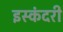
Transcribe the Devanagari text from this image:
इस्कंदरी